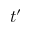
t ^ { \prime }